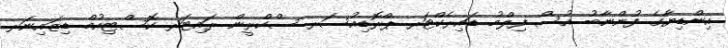
އިންޑިޔާގެ ފުންނާބު އުސް ފިލްމު ޑައިރެކްޓަރ ޕްރޮޑިއުސަރ ސްކްރީން ރައިޓަރ ކޮސްޓިއުމް ޑިޒައިނަރ